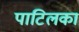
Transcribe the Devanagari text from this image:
पाटिलका